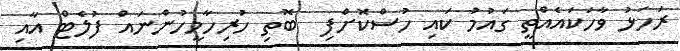
ރަހަޅު ވާހަކައެއްތީ ގައުމު ކައި ހުސްކޮށްފި  ބޮތި ހުރިހާމީހުންނައް ފުލެޓް އާއި